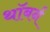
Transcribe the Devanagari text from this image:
थॉबर्न